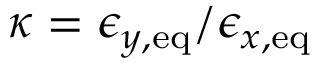
\kappa = \epsilon _ { y , \mathrm { e q } } / \epsilon _ { x , \mathrm { e q } }